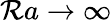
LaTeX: \mathcal{R}a\rightarrow\infty